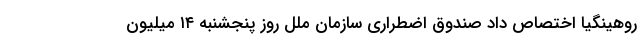
روهینگیا اختصاص داد صندوق اضطراری سازمان ملل روز پنجشنبه ۱۴ میلیون